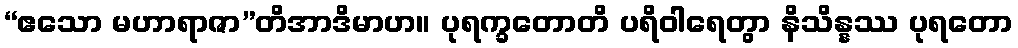
“ဧသော မဟာရာဇာ”တိအာဒိမာဟ။ ပုရက္ခတောတိ ပရိဝါရေတွာ နိသိန္နဿ ပုရတော